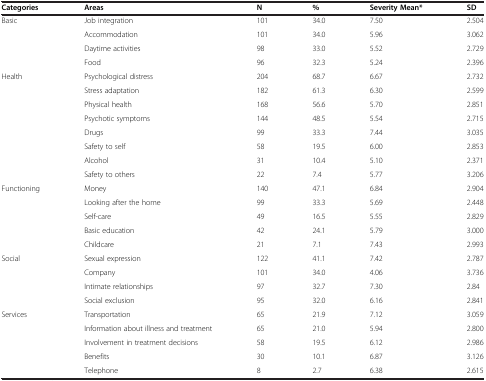
| Categories | Areas | N | % | Severity Mean* | SD |
 | --- | --- | --- | --- | --- | --- |
 | Basic | Job integration | 101 | 34.0 | 7.50 | 2.504 |
 |  | Accommodation | 101 | 34.0 | 5.96 | 3.062 |
 |  | Daytime activities | 98 | 33.0 | 5.52 | 2.729 |
 |  | Food | 96 | 32.3 | 5.24 | 2.396 |
 | Health | Psychological distress | 204 | 68.7 | 6.67 | 2.732 |
 |  | Stress adaptation | 182 | 61.3 | 6.30 | 2.599 |
 |  | Physical health | 168 | 56.6 | 5.70 | 2.851 |
 |  | Psychotic symptoms | 144 | 48.5 | 5.54 | 2.715 |
 |  | Drugs | 99 | 33.3 | 7.44 | 3.035 |
 |  | Safety to self | 58 | 19.5 | 6.00 | 2.853 |
 |  | Alcohol | 31 | 10.4 | 5.10 | 2.371 |
 |  | Safety to others | 22 | 7.4 | 5.77 | 3.206 |
 | Functioning | Money | 140 | 47.1 | 6.84 | 2.904 |
 |  | Looking after the home | 99 | 33.3 | 5.69 | 2.448 |
 |  | Self-care | 49 | 16.5 | 5.55 | 2.829 |
 |  | Basic education | 42 | 24.1 | 5.79 | 3.000 |
 |  | Childcare | 21 | 7.1 | 7.43 | 2.993 |
 | Social | Sexual expression | 122 | 41.1 | 7.42 | 2.787 |
 |  | Company | 101 | 34.0 | 4.06 | 3.736 |
 |  | Intimate relationships | 97 | 32.7 | 7.30 | 2.84 |
 |  | Social exclusion | 95 | 32.0 | 6.16 | 2.841 |
 | Services | Transportation | 65 | 21.9 | 7.12 | 3.059 |
 |  | Information about illness and treatment | 65 | 21.0 | 5.94 | 2.800 |
 |  | Involvement in treatment decisions | 58 | 19.5 | 6.12 | 2.986 |
 |  | Benefits | 30 | 10.1 | 6.87 | 3.126 |
 |  | Telephone | 8 | 2.7 | 6.38 | 2.615 |